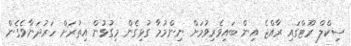
ސިކްލް ރޫޓްގައި ރާއްޖެ އިން ބައިވެރިވުމަށް ނިންމުމާ ގުޅިގެން މިގުޅުން އިތުރަށް ހަރުދަނާވެގެން